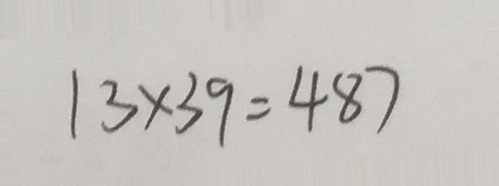
1 3 \times 3 9 = 4 8 7